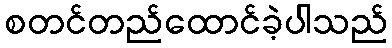
စတင်တည်ထောင်ခဲ့ပါသည်